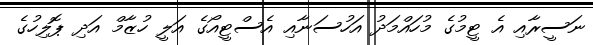
ނަސީރާއި އެ ޓީމުގެ މުހައްމަދު އަހުސަނާއި އެސްޓީއޯގެ އަލީ ހުޒާމް އަދި ޕޮލިހުގެ